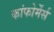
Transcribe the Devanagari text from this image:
कांफोर्मेर्स